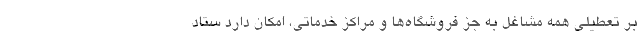
بر تعطیلی همه مشاغل به جز فروشگاه‌ها و مراکز خدماتی، امکان دارد ستاد